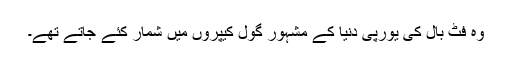
وہ فٹ بال کی یورپی دنیا کے مشہور گول کیپروں میں شمار کئے جاتے تھے۔